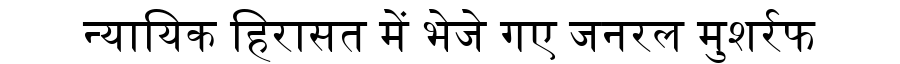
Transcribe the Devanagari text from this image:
न्यायिक हिरासत में भेजे गए जनरल मुशर्रफ